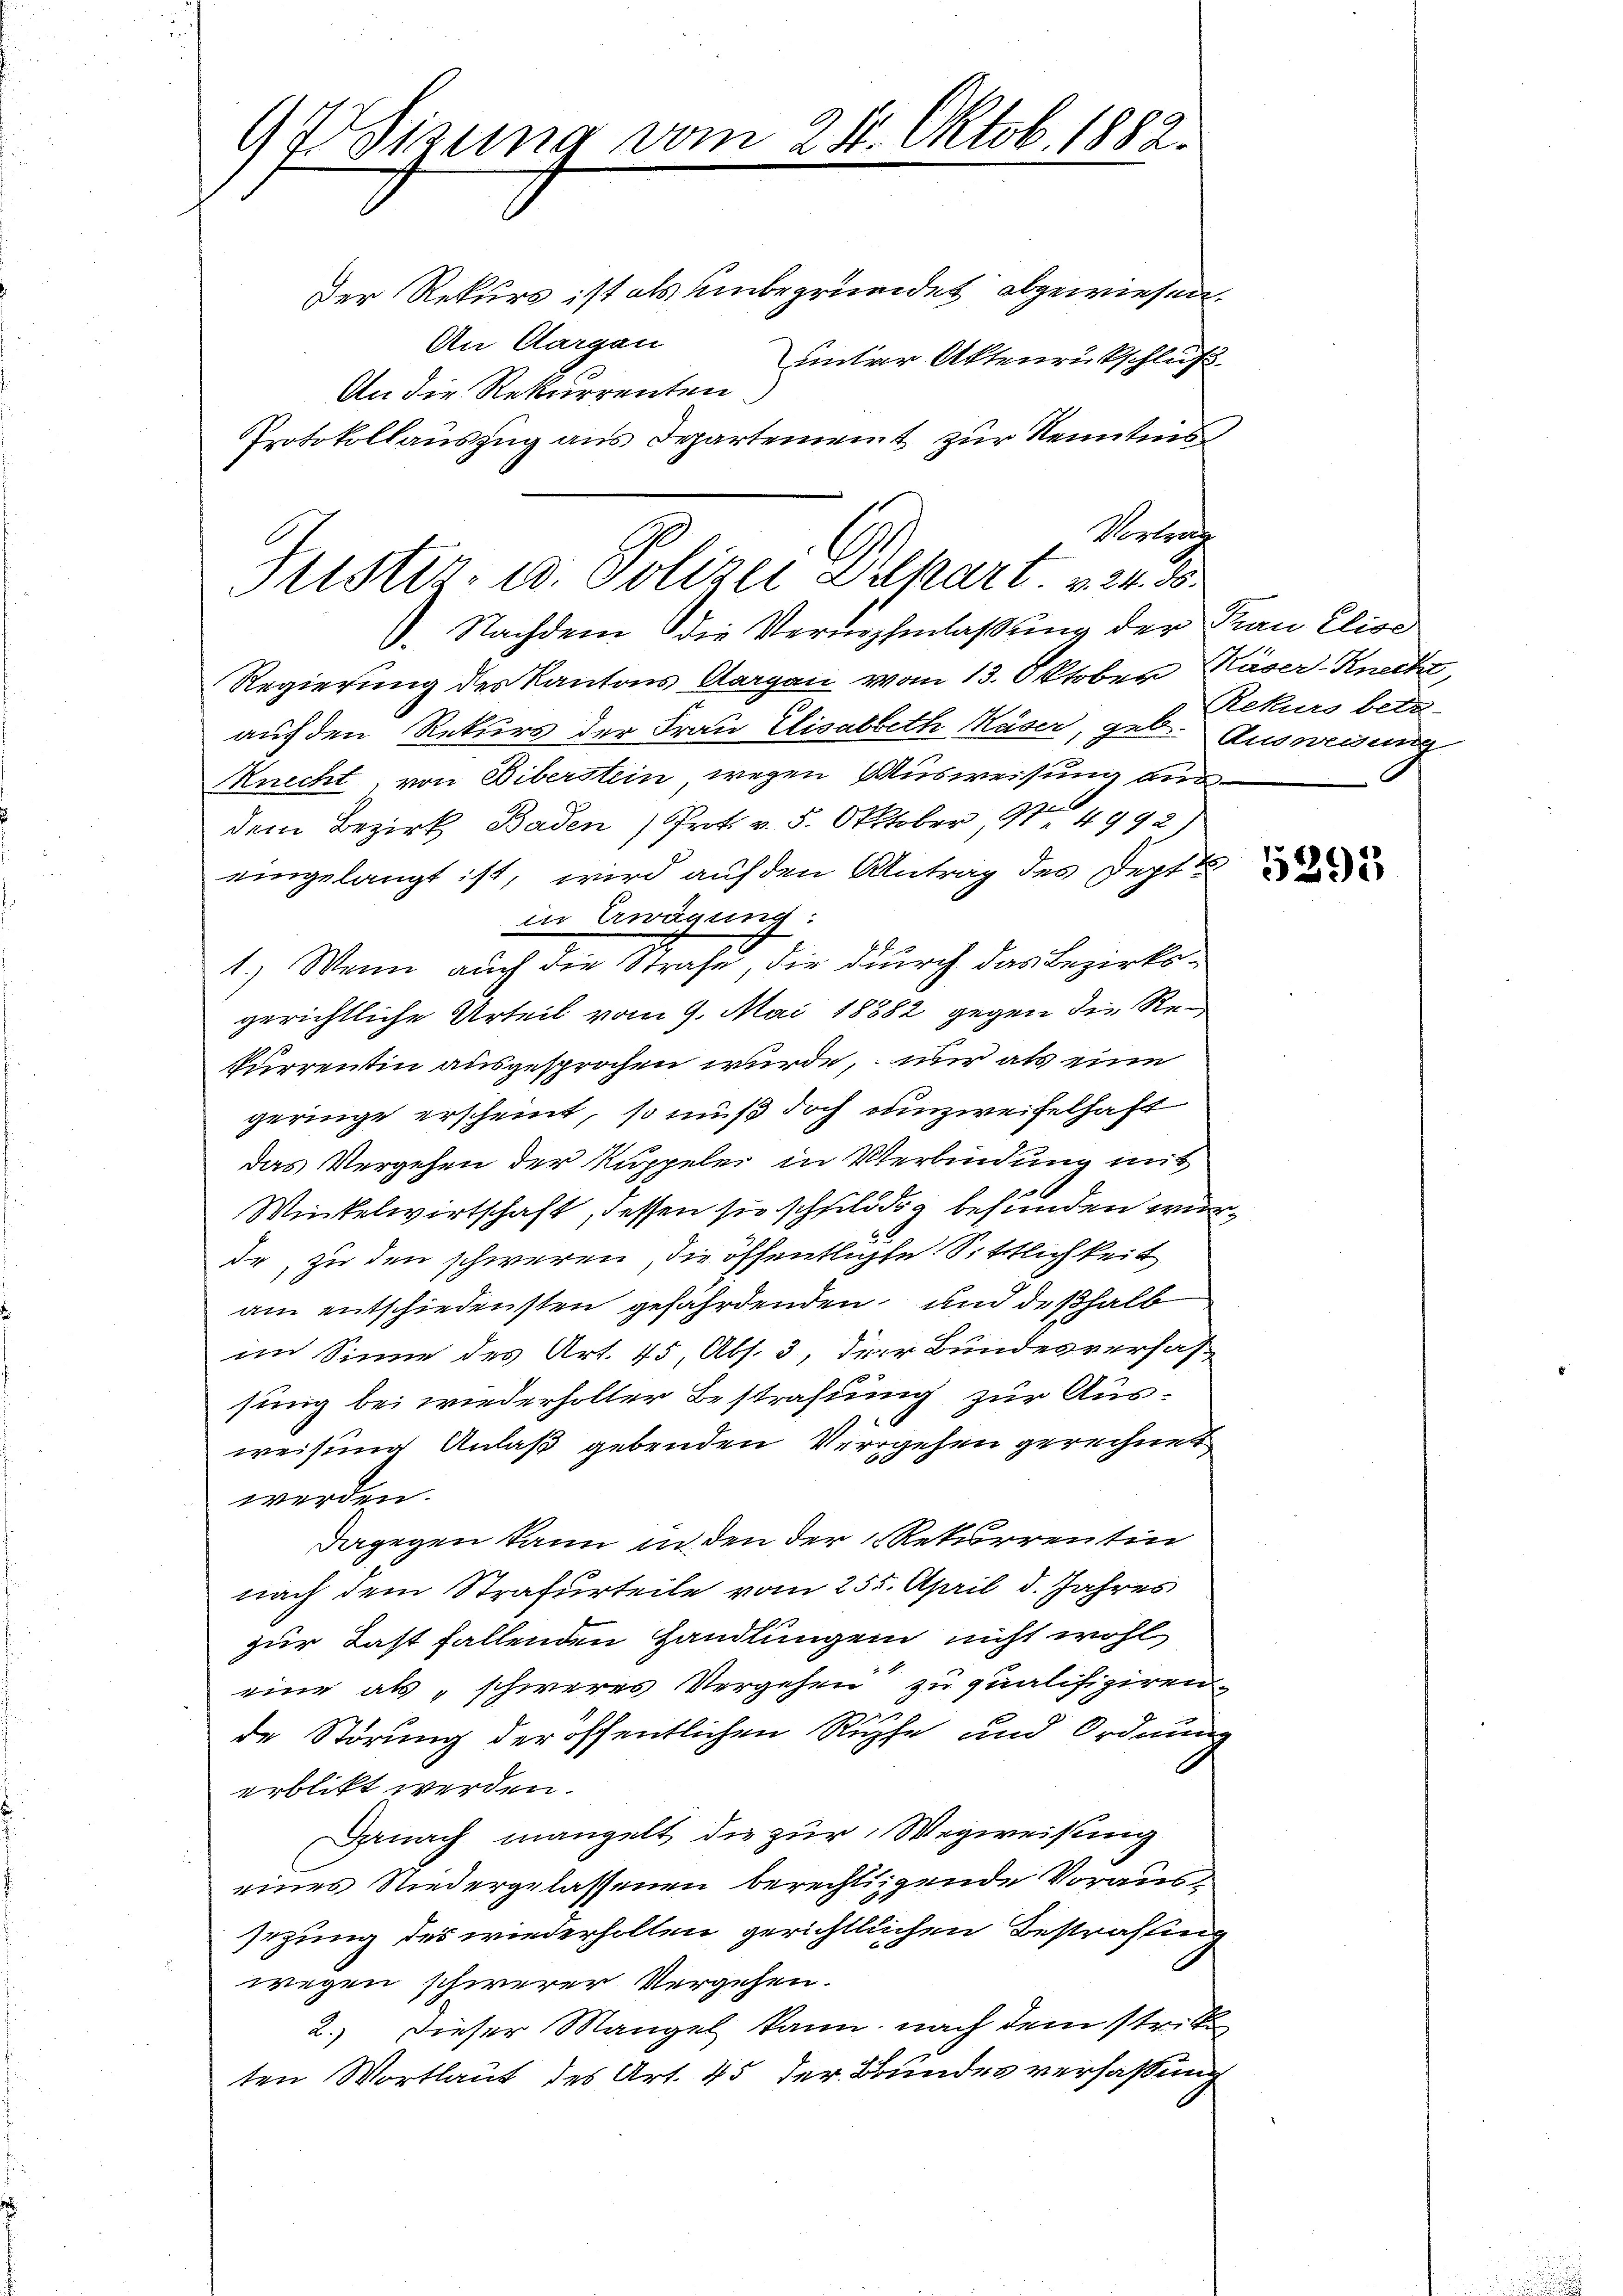
97 Sitzung vom

28. Oktob. 1882.

Protokollauszug aus Departement zur Kenntnis,
Verbrache
Justiz- u. Polizei Wikart. v. 24. 38.

Der Rekurs ist als unbegründet abgewiesen.
An Aargau
unter Aktenrückschluß
An die Rekurrenten
. Nachdem die Vernehmlassung der Frau Elise
Regierung des Kantons Aargau vom 13. Oktober Käser-Knecht
auf den Rekurs der Frau Elisabeth Käser, geb. Ausweisung
Knecht von Biberstein wegen Ausweisung ausdem Bezirk Baden Prot. v. 5. Oktober, 9 4992)
eingelangt ist, wird auf den Antrag des Sept
in Erwägung:
1.) Wenn auch die Strafe, die durch das Bezirksgerichtliche Urteil vom 9. Mai 18882 gegen die Rekurrentin ausgesprochen wurde, nur als eine
geringe erscheint, so muß doch unzweifelhaft
das Vergehen der Kuppele in Verbindung mit
Winkelwirtschaft, dessen sie schuldig befunden wurde, zu den schweren, die öffentlichte Sittlichkeit
am entschiedensten gefährdenden und deßhalb
im Sinne des Art. 45, Abs. 3, der Bundesverfassung bei wiederholter Bestrafung zur Aus¬
.
weisung Anlaß gebenden Vergehen gerechnet
werden.
Dagegen kann in den der 1 Rekurrentin
nach dem Strafurteile vom 255. April d. Jahres
zur Last fallenden Handlungen nicht wohl
eine als „schweres Vergehen zu qualifiziren
de Störung der öffentlichen Rupfe und Ordnung
erblickt werden.
Gnach mangelt die zur Wegweisung
eines Niedergelassenen berechtigende Voraussezung des wiederholten gerichtlichen Bestrafung
wegen schwerer Vergehen.
2.) Dieser Mangel kann, nach dem stritte
ten Wortlaut des Art. 45 der Bundes verfassung

Rekurs beid-

5393